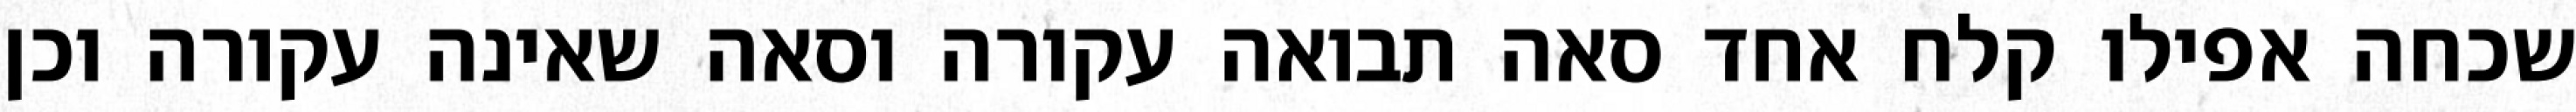
שכחה אפילו קלח אחד סאה תבואה עקורה וסאה שאינה עקורה וכן